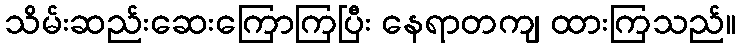
သိမ်းဆည်းဆေးကြောကြပြီး နေရာတကျ ထားကြသည်။